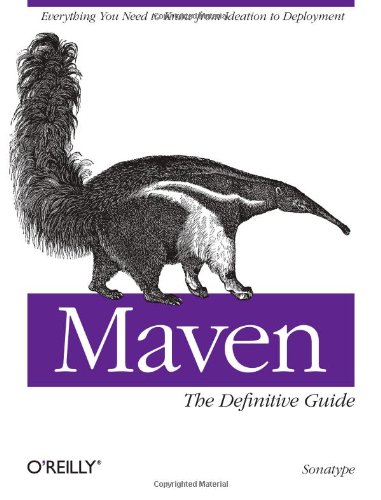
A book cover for Maven: The Definitive Guide; Sonatype Company; Test Preparation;